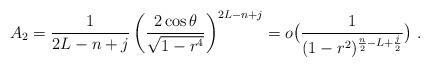
LaTeX: \begin{align*} A_2=\frac{1}{2L-n+j} \left(\frac{2\cos\theta}{\sqrt{1-r^4}}\right)^{2L-n+j}= o\bigl(\frac 1{(1-r^2)^{\frac n2-L+\frac j2}}\bigr)\ .\end{align*}